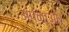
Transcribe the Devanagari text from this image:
अपनाओ।